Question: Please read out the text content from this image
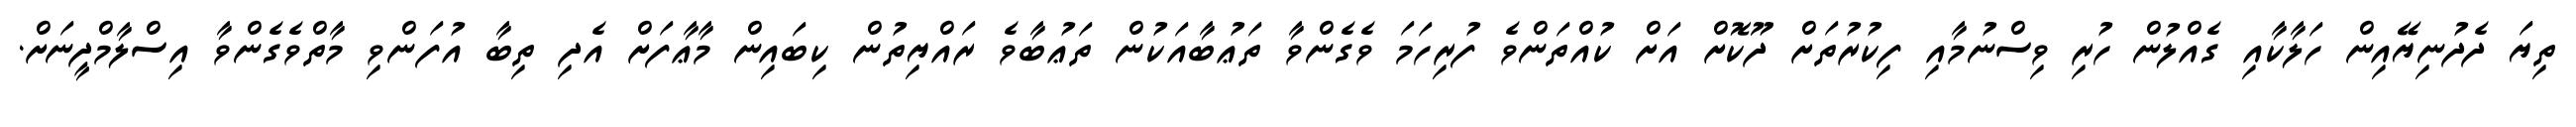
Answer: ތިޔަ ދެދުނިޔޭއިން ހަލާކާއި ގެއްލުން ހުރި ވިސްނުމާއި ފިކުރުތަށް ދޫކޮށް އަށް ކުއްތަންވެ ފުރިހަމަ ވެގެންވާ ތަޢުބާއަކުން ތަޢުބާވެ ރައްޔިތުން ކިބައިން މާޢާފަށް އެދި ތިބާ އުފަންވި މާތްވެގެންވާ އިސްލާމްދީނަށް.